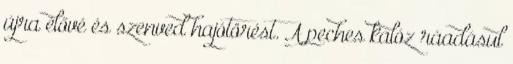
újra élővé és szenved hajótörést. A peches kalóz ráadásul